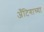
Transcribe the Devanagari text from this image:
अँटिगाच्या